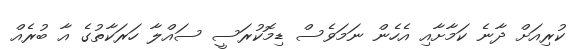
ކުރިއަށް ދާނެ ކަމާށާއި އެހެން ނަމަވެސް ޑިމޮކުރަސީ ސައްލާ ހަރަކާތުގެ އާ ބުރެއް